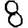
Digit: 8